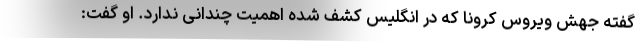
گفته جهش ویروس کرونا که در انگلیس کشف شده اهمیت چندانی ندارد. او گفت: